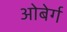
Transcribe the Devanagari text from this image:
ओबेर्ग